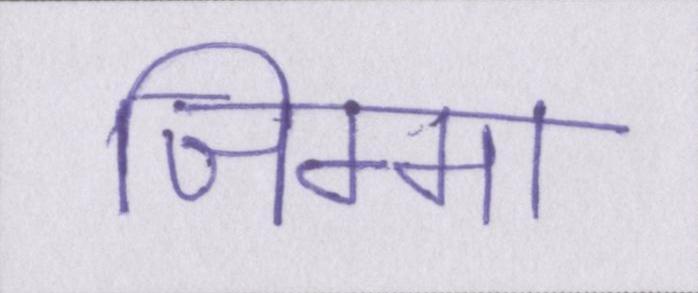
जिम्मा